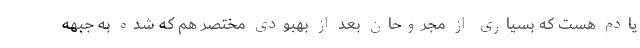
یادم هست که بسیاری از مجروحان بعد از بهبودی مختصر هم که شده به جبهه